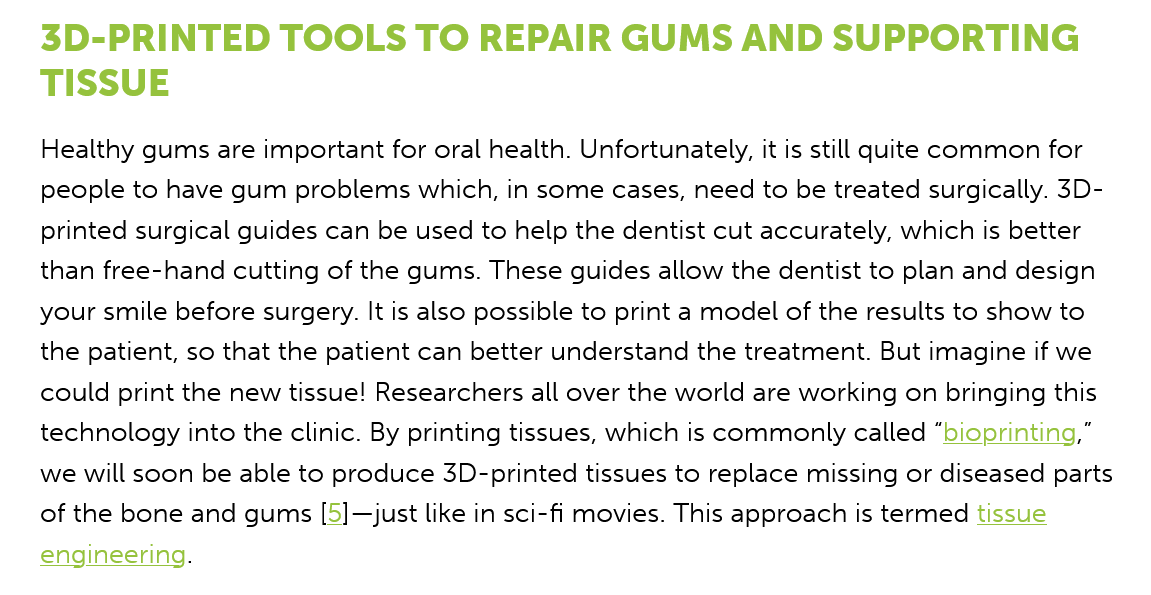
3D-PRINTED    TOOLS    TO   REPAIR    GUMS    AND    SUPPORTING
   TISSUE
    Healthy gums are important for oral health. Unfortunately, it is still quite common for
    people to have gum problems which, in some cases, need to be treated surgically. 3D-
    printed surgical guides can be used to help the dentist cut accurately, which is better
    than free-hand cutting of the gums. These guides allow the dentist to plan and design
   your smile before surgery. It is also possible to print a model of the results to show to
    the patient, so that the patient can better understand the treatment. But imagine if we
    could print the new tissue! Researchers all over the world are working on bringing this
    technology into the clinic. By printing tissues, which is commonly called “bioprinting,”
    we will soon be able to produce 3D-printed tissues to replace missing or diseased parts
    of the bone and gums [5]—just like in sci-fi movies. This approach is termed tissue
    engineering.